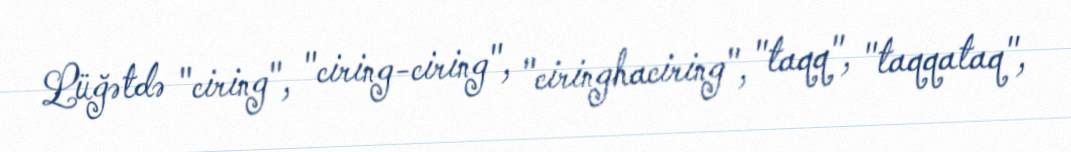
Lüğətdə "ciring", "ciring-ciring", "ciringhaciring", "taqq", "taqqataq",